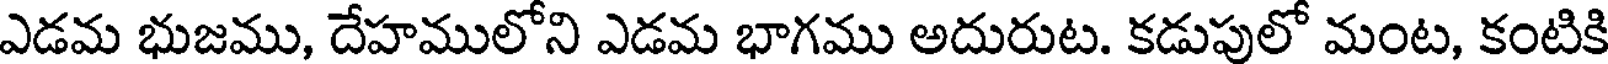
ఎడమ భుజము, దేహములోని ఎడమ భాగము అదురుట. కడుపులో మంట, కంటికి